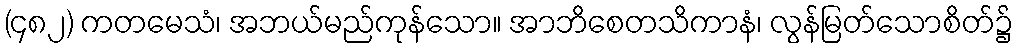
(၄၈၂) ကတမေသံ၊ အဘယ်မည်ကုန်သော။ အာဘိစေတသိကာနံ၊ လွန်မြတ်သောစိတ်၌